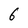
Character: 6